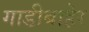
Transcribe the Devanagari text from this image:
गाडीबाहेर